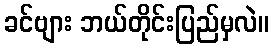
ခင်ဗျား ဘယ်တိုင်းပြည်မှလဲ။